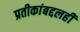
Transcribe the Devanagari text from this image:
प्रतीकांबद्दलही